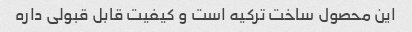
این محصول ساخت ترکیه است و کیفیت قابل قبولی داره